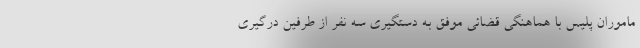
ماموران پلیس با هماهنگی قضائی موفق به دستگیری سه نفر از طرفین درگیری